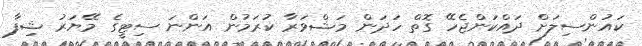
ކައުންސިލަށް ދައްކަންޖެހޭ ގޮތް ހަދަން މަޝްވަރާ ކުރަމުން އަންނަ ސިޓީގެ މޭޔަރު ޝިފާ